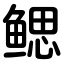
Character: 鳃